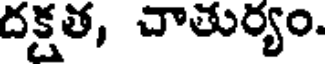
దక్షత, చాతుర్యం.